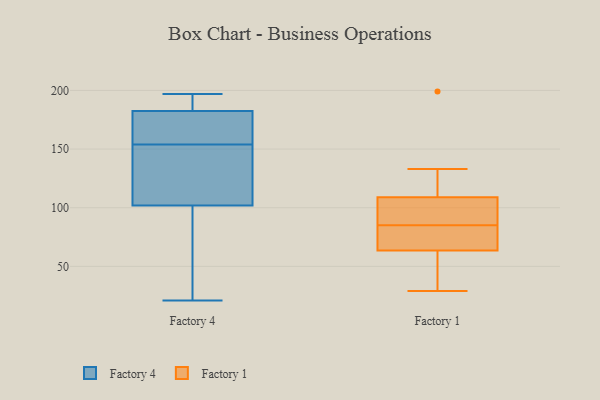
{"axis": {"x": "Waste Production (Tons)", "y": "Value"}, "legend": ["Factory 1", "Factory 4"], "data": [{"x": "", "y": 196, "type": "Factory 4"}, {"x": "", "y": 45, "type": "Factory 4"}, {"x": "", "y": 110, "type": "Factory 4"}, {"x": "", "y": 130, "type": "Factory 4"}, {"x": "", "y": 154, "type": "Factory 4"}, {"x": "", "y": 181, "type": "Factory 4"}, {"x": "", "y": 154, "type": "Factory 4"}, {"x": "", "y": 167, "type": "Factory 4"}, {"x": "", "y": 126, "type": "Factory 4"}, {"x": "", "y": 187, "type": "Factory 4"}, {"x": "", "y": 165, "type": "Factory 4"}, {"x": "", "y": 78, "type": "Factory 4"}, {"x": "", "y": 146, "type": "Factory 4"}, {"x": "", "y": 21, "type": "Factory 4"}, {"x": "", "y": 197, "type": "Factory 4"}, {"x": "", "y": 30, "type": "Factory 4"}, {"x": "", "y": 194, "type": "Factory 4"}, {"x": "", "y": 47, "type": "Factory 1"}, {"x": "", "y": 39, "type": "Factory 1"}, {"x": "", "y": 83, "type": "Factory 1"}, {"x": "", "y": 68, "type": "Factory 1"}, {"x": "", "y": 69, "type": "Factory 1"}, {"x": "", "y": 87, "type": "Factory 1"}, {"x": "", "y": 108, "type": "Factory 1"}, {"x": "", "y": 105, "type": "Factory 1"}, {"x": "", "y": 199, "type": "Factory 1"}, {"x": "", "y": 59, "type": "Factory 1"}, {"x": "", "y": 102, "type": "Factory 1"}, {"x": "", "y": 123, "type": "Factory 1"}, {"x": "", "y": 133, "type": "Factory 1"}, {"x": "", "y": 124, "type": "Factory 1"}, {"x": "", "y": 49, "type": "Factory 1"}, {"x": "", "y": 70, "type": "Factory 1"}, {"x": "", "y": 80, "type": "Factory 1"}, {"x": "", "y": 106, "type": "Factory 1"}, {"x": "", "y": 29, "type": "Factory 1"}, {"x": "", "y": 110, "type": "Factory 1"}]}